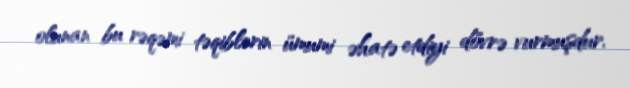
olunan bu rəqəmi təqiblərin ümumi əhatə etdiyi dövrə vurmuşdur.